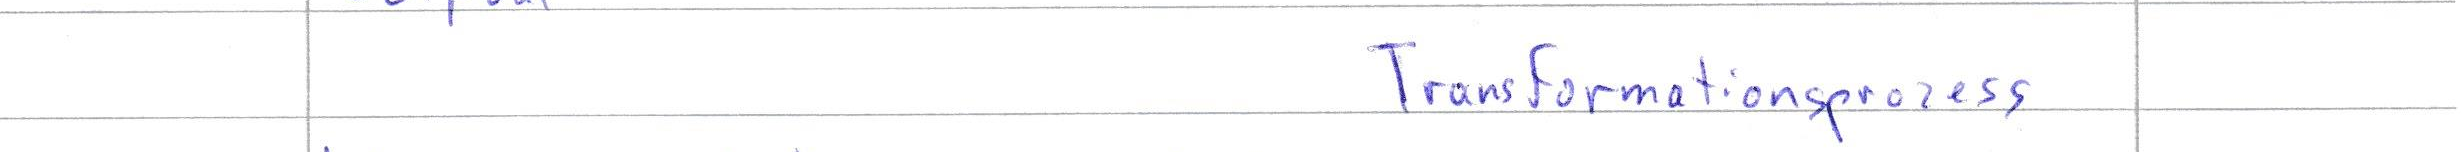
Transformationsprozess